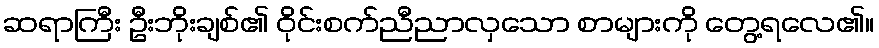
ဆရာကြီး ဦးဘိုးချစ်၏ ဝိုင်းစက်ညီညာလှသော စာများကို တွေ့ရလေ၏။